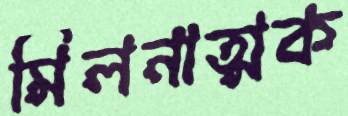
মিলনাত্মক